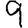
Digit: 9